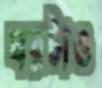
ঘরটাও